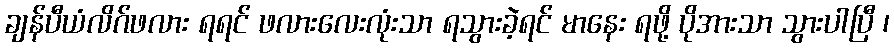
ချန်ပီယံလိဂ်ဖလား ရရင် ဖလားလေးလုံးသာ ရသွားခဲ့ရင် မာနေး ရဖို့ ပိုအားသာ သွားပါပြီ ၊